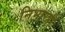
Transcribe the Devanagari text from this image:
निभारही